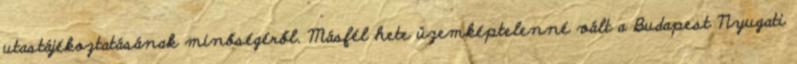
utastájékoztatásának minőségéről. Másfél hete üzemképtelenné vált a Budapest Nyugati